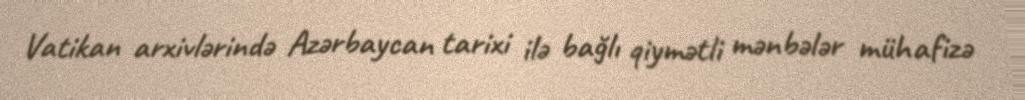
Vatikan arxivlərində Azərbaycan tarixi ilə bağlı qiymətli mənbələr mühafizə